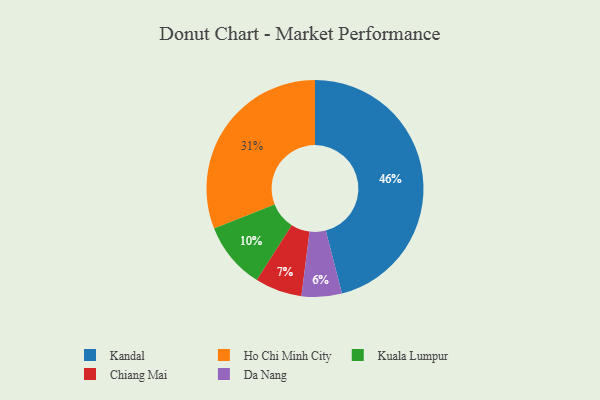
{"axis": {"x": "Category", "y": "Percentage"}, "legend": ["Chiang Mai", "Da Nang", "Ho Chi Minh City", "Kandal", "Kuala Lumpur"], "data": [{"x": "Da Nang", "y": 6, "type": "Da Nang"}, {"x": "Kuala Lumpur", "y": 10, "type": "Kuala Lumpur"}, {"x": "Ho Chi Minh City", "y": 31, "type": "Ho Chi Minh City"}, {"x": "Kandal", "y": 46, "type": "Kandal"}, {"x": "Chiang Mai", "y": 7, "type": "Chiang Mai"}]}